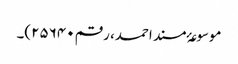
موسوعۂ مسند احمد، رقم ۲۵۶۴۰)۔